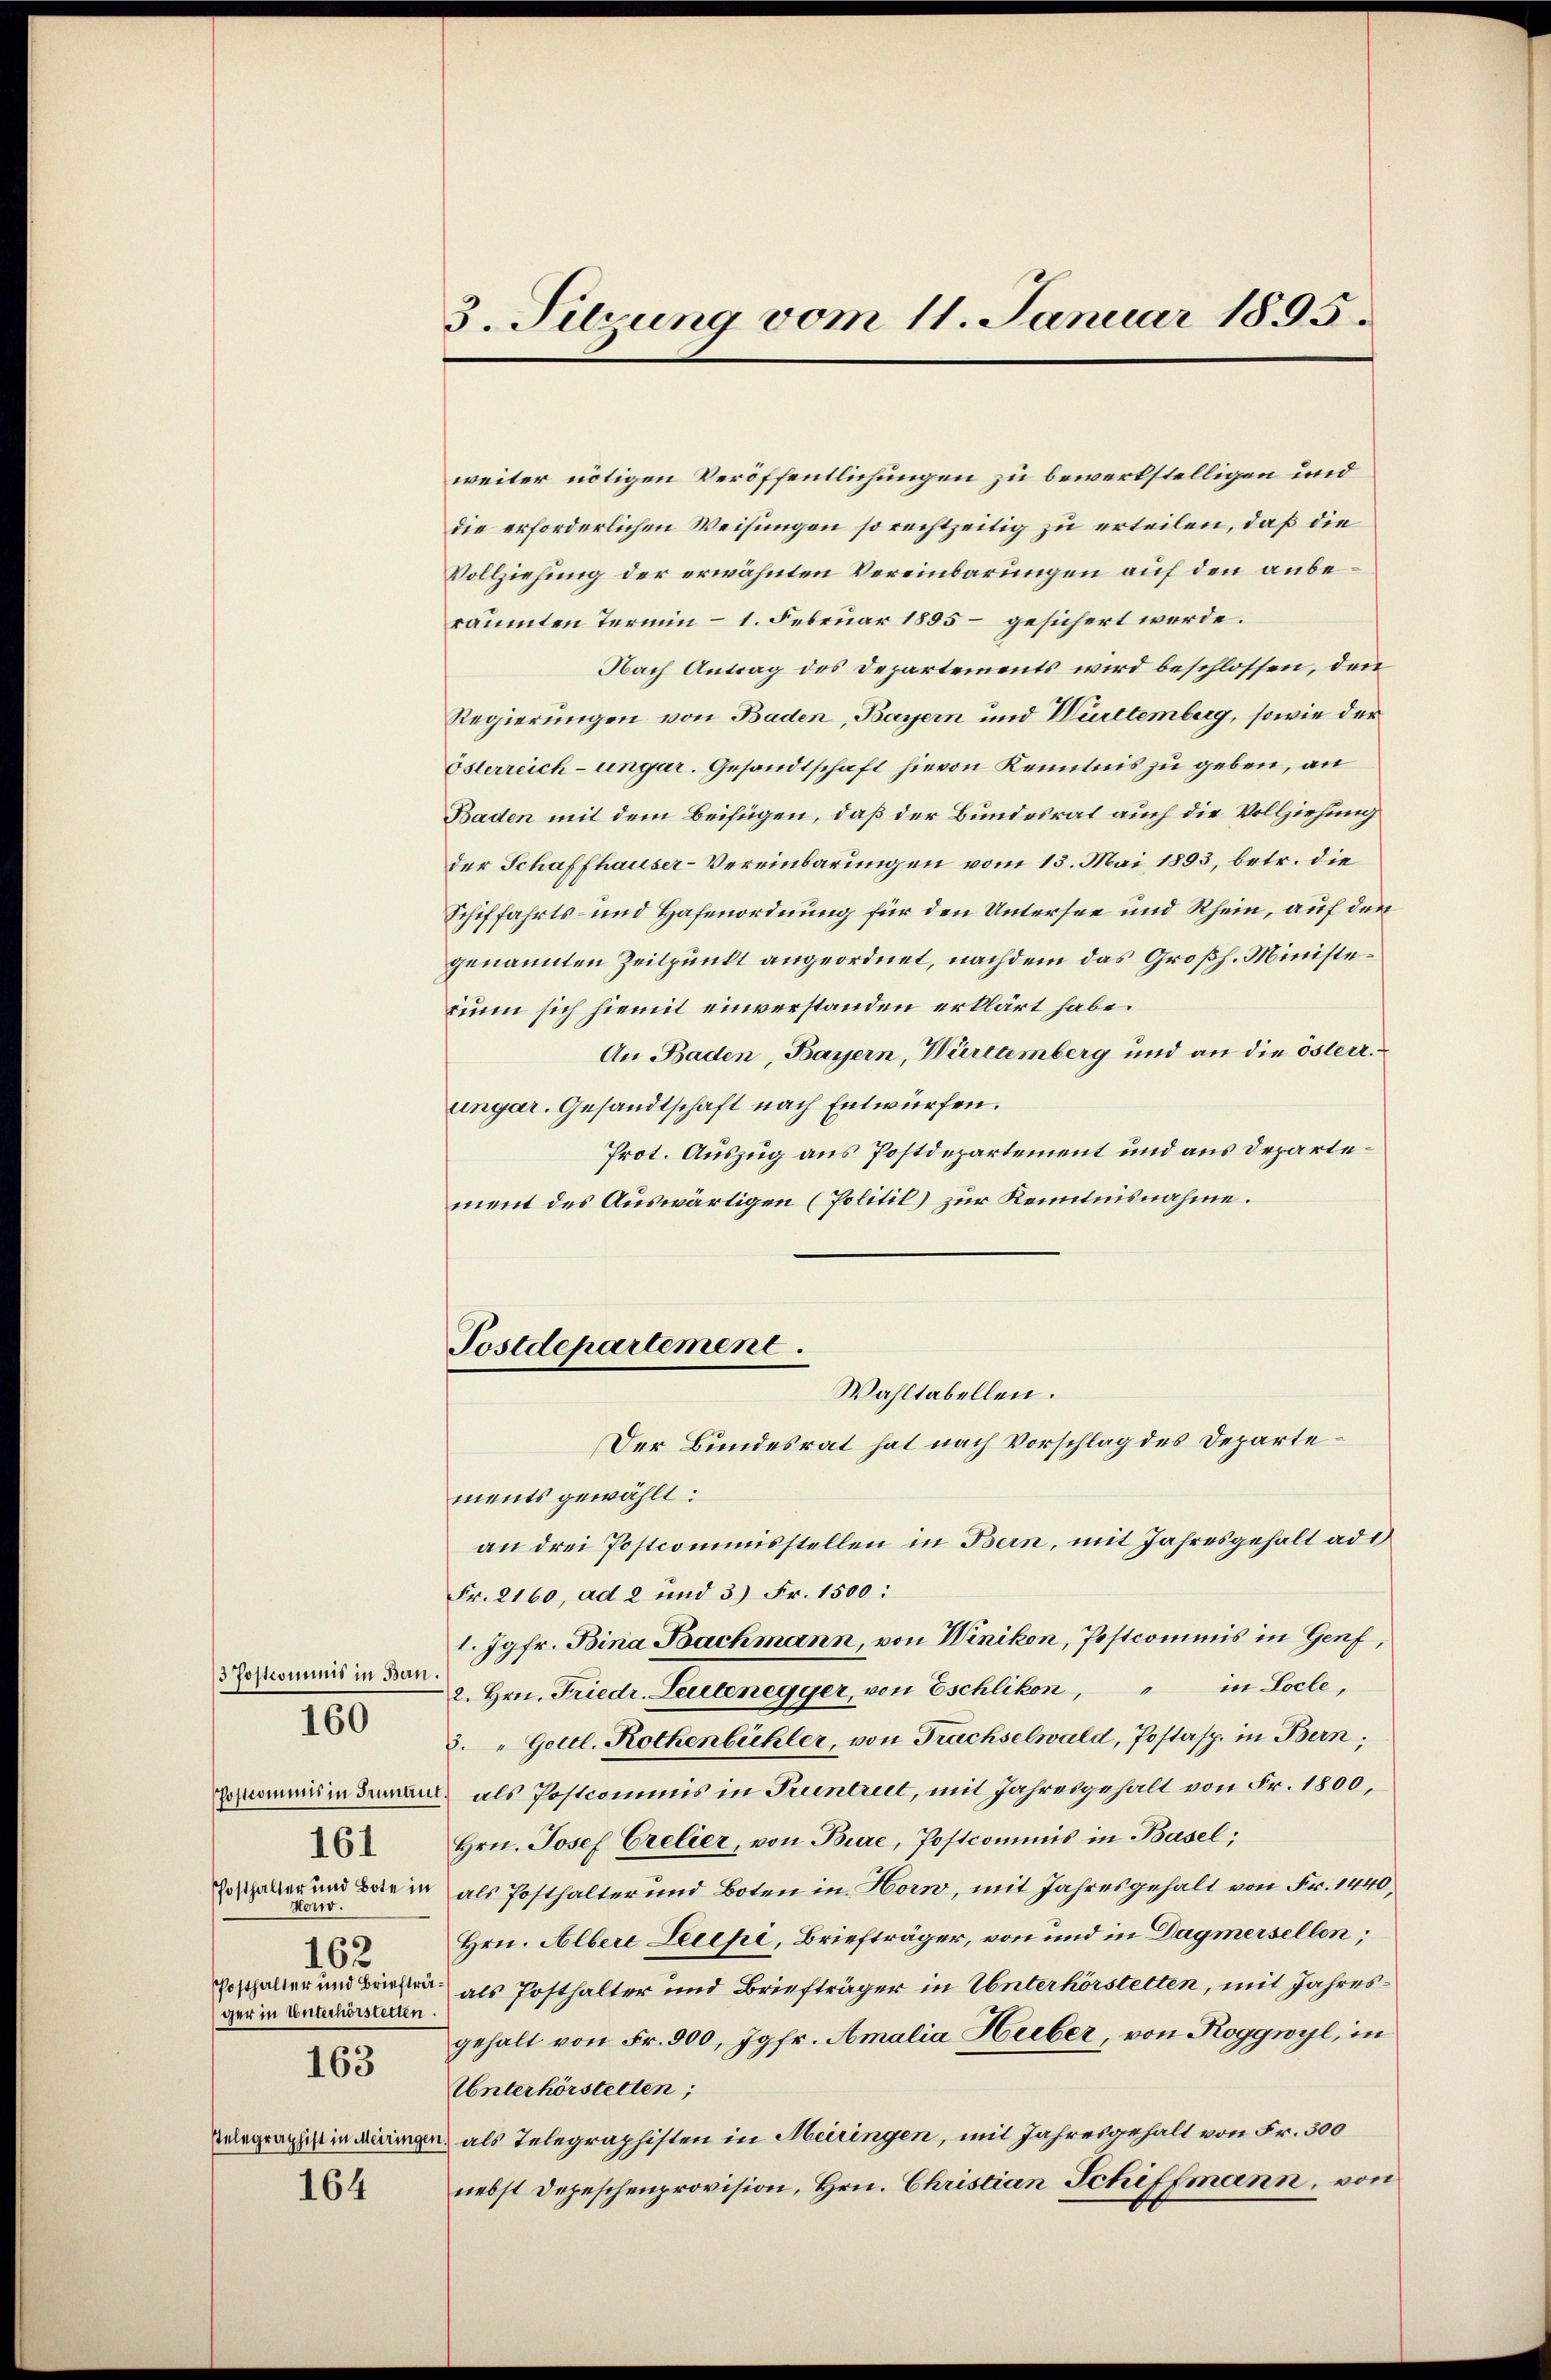
13 Postcommis in Bern.
Hond.
162
ger in Unterhorstetten.
163

160

Ptelegraphist in Meiris

161

164

3. Sitzung vom 11. Januar 1895.

Postdepartement.
Wahltabellen.

Der Bundesrat hat nach Vorschlag des Departements gewählt:
an drei Postcommisstellen in Bern, mit Jahresgehalt ad
Fr. 2160, ad 2 und 3) Fr. 1500:
1. Jgfr. Bina Bachmann, von Winikon, Postcommis in Genf,
in Locle,
2. Hrn. Friedr. Leutenegger, von Eschlikon,
3. " Gottl. Rothenbühler, von Frachselwald, Postasp. in Bern;
gesammeindeman als Postcommis in Trientreet, mit Jahresgehalt von Fr. 1800,
Hrn. Josef Crelier, von Bure, Postcommis in Basel;
Posthalter und Barin als Posthalter und Boten in Horw, mit Jahresgehalt von Fr. 1440,
Hrn. Albere Lecepi, Briefträger, von und in Dagmersellen;
posthalter und Beisten, als Posthalter und Briefträger in Unterhörstetten, mit Jahresgehalt von Fr. 500, Jgfr. Amalia Hieber, von Roggwyl, in
Unterhörstelten,
 als Telegraphisten in Meiringen, mit Jahresgehalt von Fr. 300
nebst Depeschenprovision, Hrn. Christian Schiffmann, von

weiter nötigen Veröffentlichungen zu bewerkstelligen und
die erforderlichen Weisungen so rechtzeitig zu erteilen, daß die
Vollziehung der erwähnten Vereinbarungen auf den anberäumten Termin – 1. Februar 1895 – gesichert werde.
Nach Antrag des Departements wird beschlossen, den
Regierungen von Baden, Bayern und Württemberg, sowie der
Österreich-ungar. Gesandtschaft hievon Kenntnis zu geben, an
Baden mit dem Beifügen, daß der Bundesrat auch die Vollziehung
der Schaffhauser-Vereinbarungen vom 13. Mai 1893, betr. die
Schiffahrts- und Hafenordnung für den Untersee und Rhein, auf den
genannten Zeitpunkt angeordnet, nachdem das Großh. Ministe¬
Bunn sich hiemit einverstanden erklärt habe.
An Baden, Bayern, Würtemberg und an die österr.
ungar. Gesandtschaft nach Entwürfen.
Prot. Auszug aus Postdepartement und aus Departement des Auswärtigen (Politil) zur Kenntnisnahme.